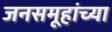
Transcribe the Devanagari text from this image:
जनसमूहांच्या